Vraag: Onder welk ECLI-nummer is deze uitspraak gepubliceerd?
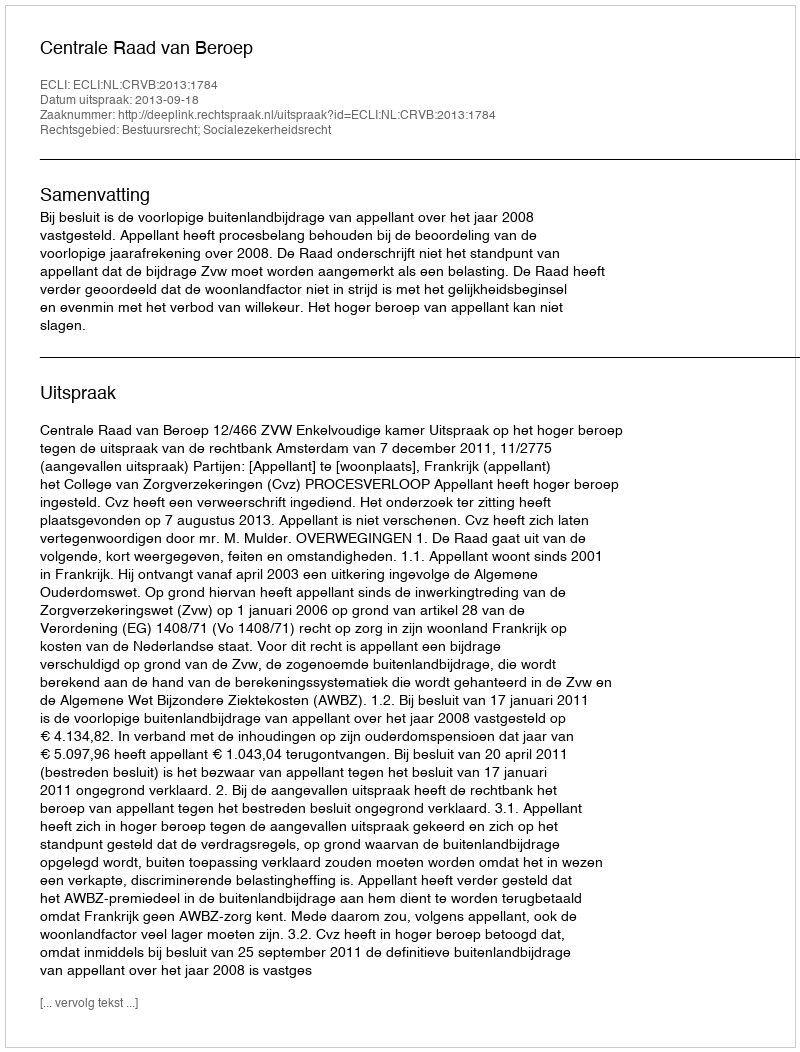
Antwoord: ECLI:NL:CRVB:2013:1784